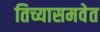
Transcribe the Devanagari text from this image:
तिच्यासमवेत